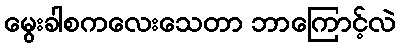
မွေးခါစကလေးသေတာ ဘာကြောင့်လဲ